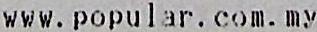
WWW.POPULAR.COM.MY